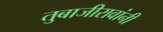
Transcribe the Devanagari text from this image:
तुबाजीरावांनी